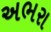
અભરા